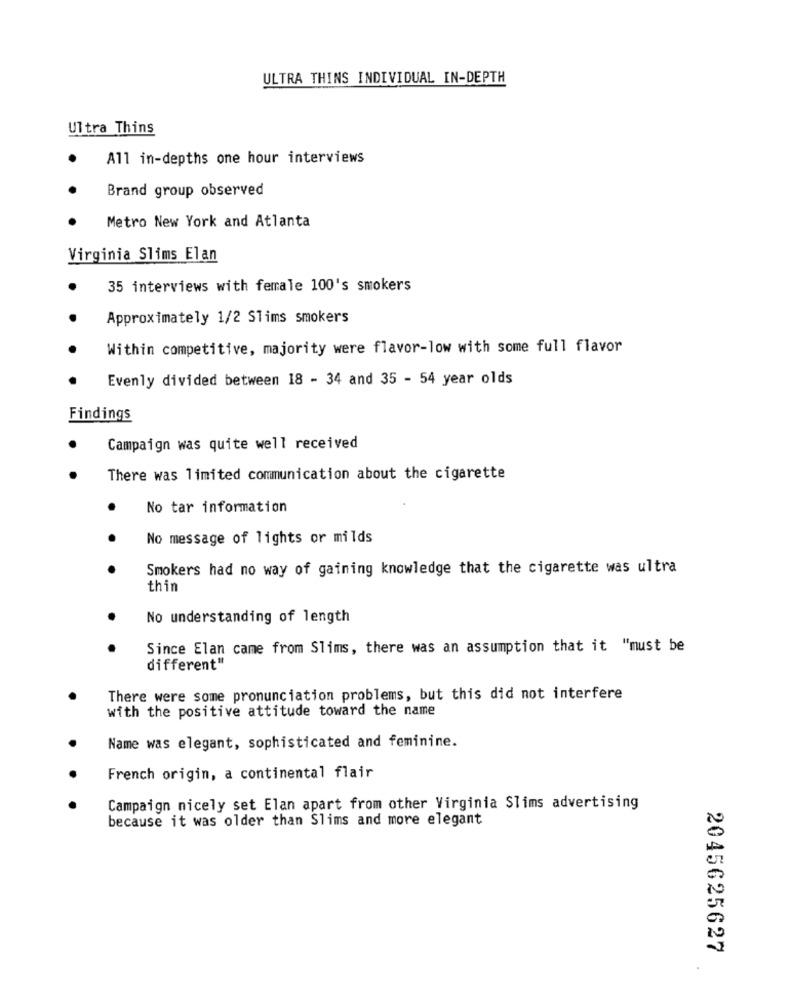
ULTRA THINS INDIVIDUAL IN-DEPTH
Ultra Thins
All in-depths one hour interviews
Brand group observed
Metro New York and Atlanta
Virginia Slims Elan
35 interviews with female 100's smokers
Approximately 1/2 Slims smokers
Within competitive, majority were flavor-low with some full flavor
Evenly divided between 18 - 34 and 35 - 54 year olds
Findings
Campaign was quite well received
There was limited communication about the cigarette
No tar information
No message of lights or milds
Smokers had no way of gaining knowledge that the cigarette was ultra
thin
No understanding of length
Since Elan came from Slims, there was an assumption that it "must be
different"
There were some pronunciation problems, but this did not interfere
with the positive attitude toward the name
Name was elegant, sophisticated and feminine.
French origin, a continental flair
Campaign nicely set Elan apart from other Virginia Slims advertising
because it was older than Slims and more elegant
2045625627